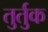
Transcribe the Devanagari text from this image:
तुर्तुक